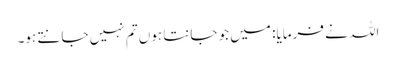
اللہ نے فرمایا: میں جو جانتا ہوں تم نہیں جانتے ہو۔